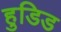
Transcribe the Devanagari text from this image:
हुडिड